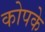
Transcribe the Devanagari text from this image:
कोपके